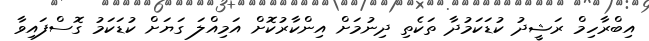
އިބްރާހިމް ރަޝީދު ކުޑަކަމުދާ ތަކެތި ދިނުމަށް އިންކާރުކޮށް އަމިއްލަ ގަޔަށް ކުޑަކަމު ގޮސްފައިވާ